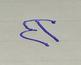
Signature authenticity: forged